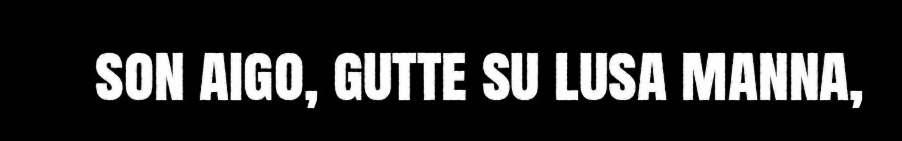
son aigo, gutte su lusa manna,